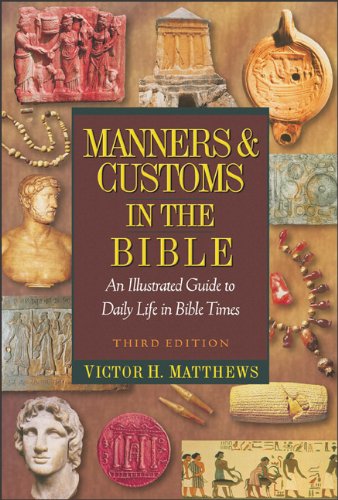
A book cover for Manners and Customs in the Bible: An Illustrated Guide to Daily Life in Bible Times; Victor H. Matthews; Christian Books & Bibles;